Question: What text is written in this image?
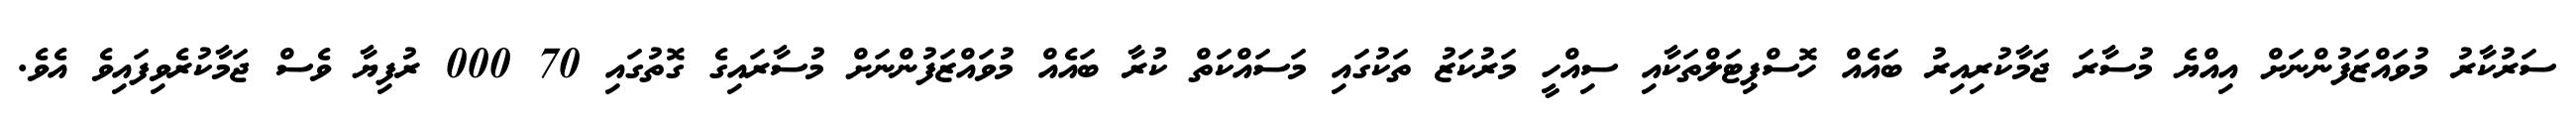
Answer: ސަރުކާރު މުވައްޒަފުންނަށް އިއްޔެ މުސާރަ ޖަމާކުރިއިރު ބައެއް ހޮސްޕިޓަލްތަކާއި ސިއްހީ މަރުކަޒު ތަކުގައި މަސައްކަތް ކުރާ ބައެއް މުވައްޒަފުންނަށް މުސާރައިގެ ގޮތުގައި 70 000 ރުފިޔާ ވެސް ޖަމާކުރެވިފައިވެ އެވެ.